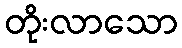
တိုးလာသော